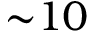
{ \sim } 1 0